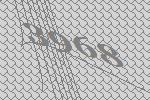
3968